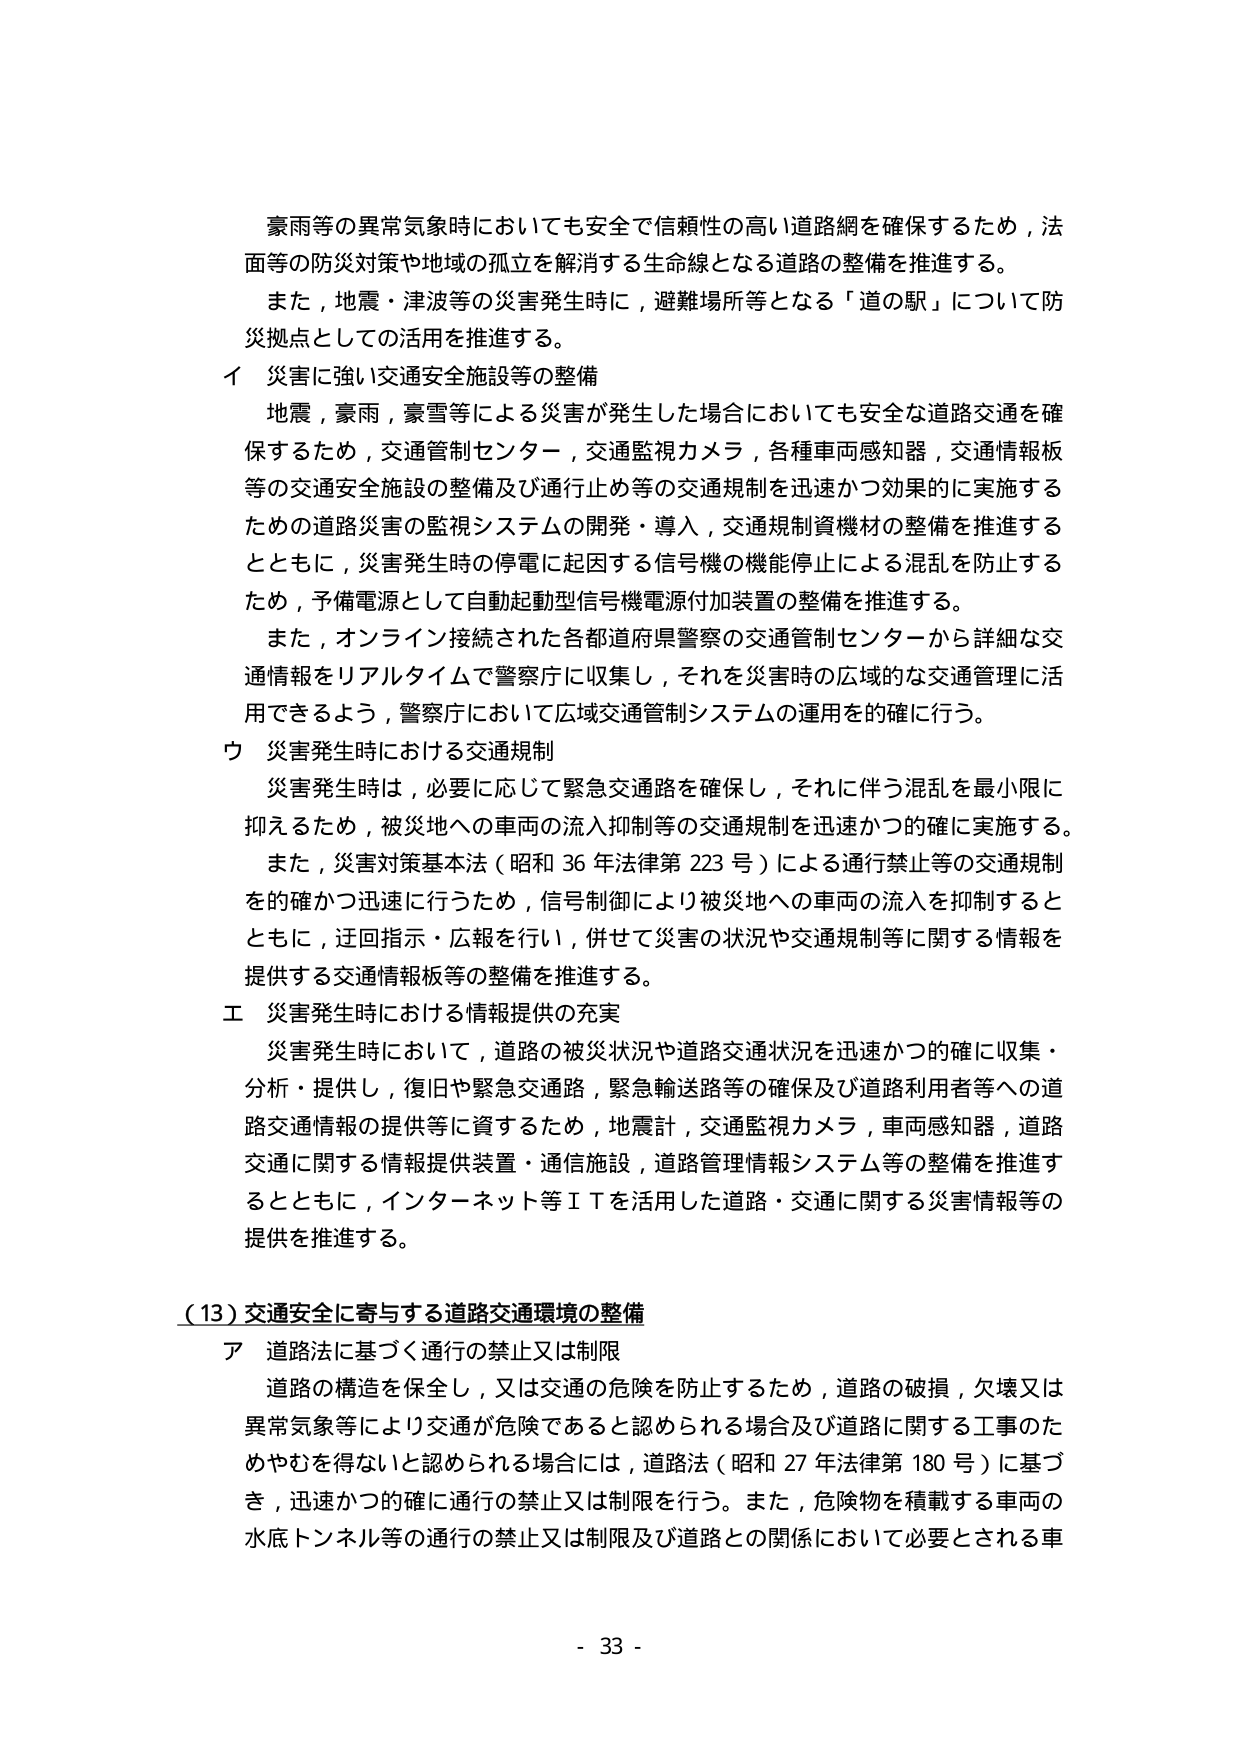
豪雨等の異常気象時においても安全で信頼性の高い道路網を確保するため，法面等の防災対策や地域の孤立を解消する生命線となる道路の整備を推進する。
また，地震・津波等の災害発生時に，避難場所等となる「道の駅」について防災拠点としての活用を推進する。

イ 災害に強い交通安全施設等の整備
地震，豪雨，豪雪等による災害が発生した場合においても安全な道路交通を確保するため，交通管制センター，交通監視カメラ，各種車両感知器，交通情報板等の交通安全施設の整備及び通行止め等の交通規制を迅速かつ効果的に実施するための道路災害の監視システムの開発・導入，交通規制資機材の整備を推進するとともに，災害発生時の停電に起因する信号機の機能停止による混乱を防止するため，予備電源として自動起動型信号機電源付加装置の整備を推進する。
また，オンライン接続された各都道府県警察の交通管制センターから詳細な交通情報をリアルタイムで警察庁に収集し，それを災害時の広域的な交通管理に活用できるよう，警察庁において広域交通管制システムの運用を的確に行う。

ウ 災害発生時における交通規制
災害発生時は，必要に応じて緊急交通路を確保し，それに伴う混乱を最小限に抑えるため，被災地への車両の流入抑制等の交通規制を迅速かつ的確に実施する。
また，災害対策基本法（昭和36年法律第223号）による通行禁止等の交通規制を的確かつ迅速に行うため，信号制御により被災地への車両の流入を抑制するとともに，迂回指示・広報を行い，併せて災害の状況や交通規制等に関する情報を提供する交通情報板等の整備を推進する。

エ 災害発生時における情報提供の充実
災害発生時において，道路の被災状況や道路交通状況を迅速かつ的確に収集・分析・提供し，復旧や緊急交通路，緊急輸送路等の確保及び道路利用者等への道路交通情報の提供等に資するため，地震計，交通監視カメラ，車両感知器，道路交通に関する情報提供装置・通信施設，道路管理情報システム等の整備を推進するとともに，インターネット等ITを活用した道路・交通に関する災害情報等の提供を推進する。

（13）交通安全に寄与する道路交通環境の整備
ア 道路法に基づく通行の禁止又は制限
道路の構造を保全し，又は交通の危険を防止するため，道路の破損，欠壊又は異常気象等により交通が危険であると認められる場合及び道路に関する工事のためやむを得ないと認められる場合には，道路法（昭和27年法律第180号）に基づき，迅速かつ的確に通行の禁止又は制限を行う。また，危険物を積載する車両の水底トンネル等の通行の禁止又は制限及び道路との関係において必要とされる車

- 33 -